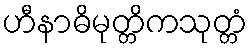
ဟီနာဓိမုတ္တိကသုတ္တံ